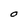
Character: O